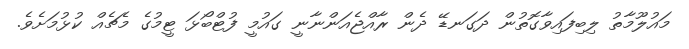
މައުލޫމާތު ލިބިފައިވާގޮތުން ދަގަނޑޭ ދެން ރާއްޖެއަންނާނީ ގައުމީ ފުޓްބޯޅަ ޓީމުގެ މެޗެއް ކުޅުމަށެވެ.